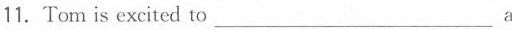
11.Tom is excited to___a